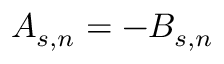
A _ { s , n } = - B _ { s , n }